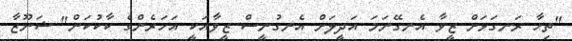
"ތިހާ ރަނގަޅަށް ޒީވާ އެނގޭނަމަ އަދީލަށް އެނގުނީސް ޒީވާއަކީ އަހަރެންގެ ކާކުކަން" ޝަނޫޒާ